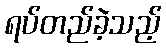
ရပ်တည်ခဲ့သည့်